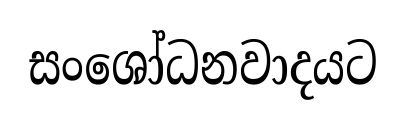
සංශෝධනවාදයට